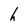
Character: h